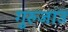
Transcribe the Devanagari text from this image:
गुरुजाउ